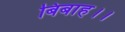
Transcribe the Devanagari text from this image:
बिबाह।।